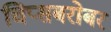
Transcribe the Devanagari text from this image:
चिप्सबरोबर